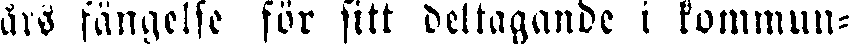
års fängelse för sitt deltagande i kommun-